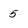
Character: 5